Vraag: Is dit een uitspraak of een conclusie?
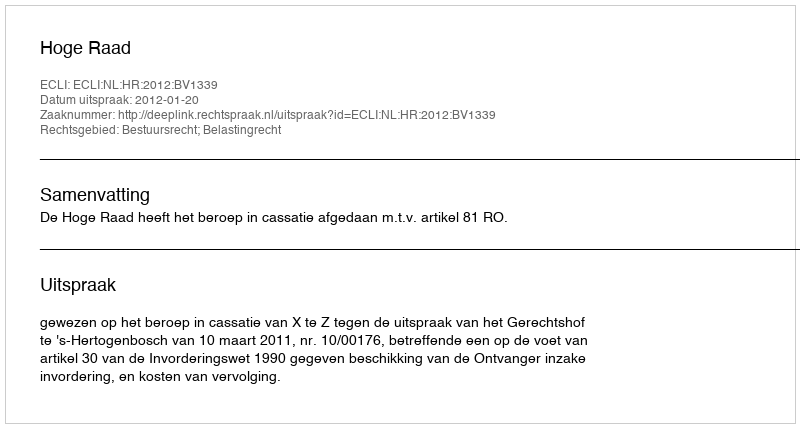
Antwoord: Uitspraak